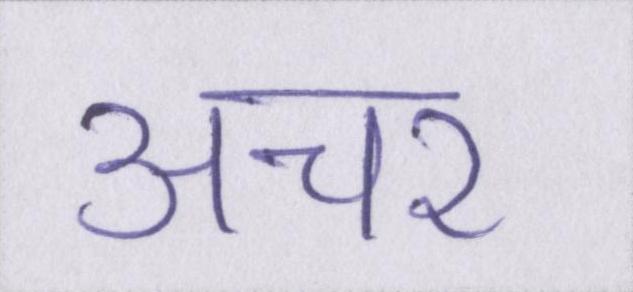
अचर